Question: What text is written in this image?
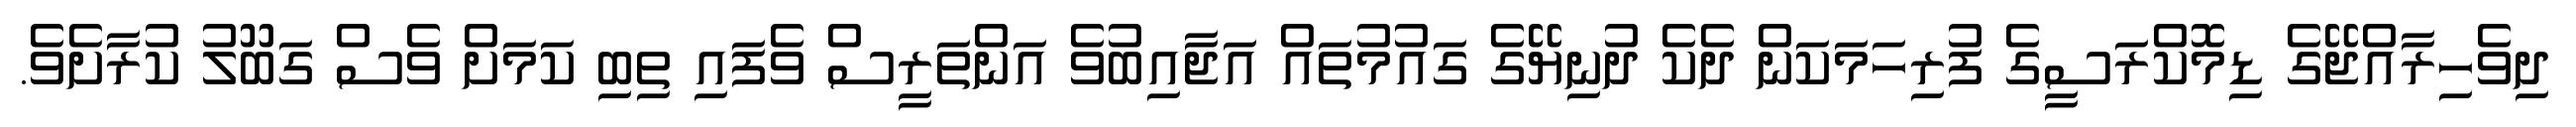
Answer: ދިވެހިރާއްޖޭގެ ޑިމޮކްރަސީގެ ފުރިހަމަކަން ދެކެ ދުނިޔޭގެ ގައުމުތައް އަޖާއިބުވެ އަންތަރީސް ވެފައި ތިބި ކަމަށް ވެސް ގަބޫލު ކުރާށެވެ.